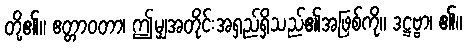
တို့၏။ ဧတ္တာဝတာ၊ ဤမျှအတိုင်းအရှည်ရှိသည်၏အဖြစ်ကို။ ဒဋ္ဌဗ္ဗာ၊ ၏။